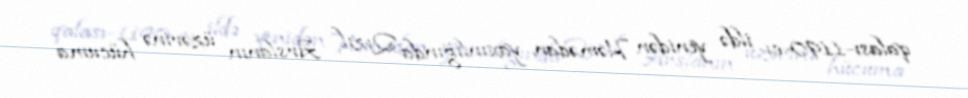
qalası-1190-cı ildə yenidən Həmədan yaxınlığında Qızıl Arslanın üzərinə hücuma